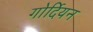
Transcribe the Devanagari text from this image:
गोर्दियन